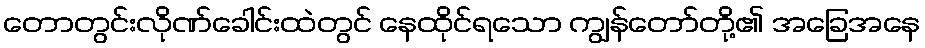
တောတွင်းလိုဏ်ခေါင်းထဲတွင် နေထိုင်ရသော ကျွန်တော်တို့၏ အခြေအနေ